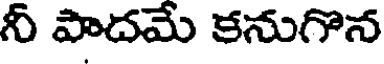
నీ పాదమే కనుగొన